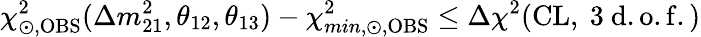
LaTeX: \chi_{\odot,\mathrm{OBS}}^{2}(\Delta m_{21}^{2},\theta_{12},\theta_{13})-\chi_{min,\odot,\mathrm{OBS}}^{2}\leq\Delta\chi^{2}\mathrm{(CL,~3~d.o.f.)}